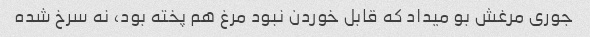
جوری مرغش بو میداد که قابل خوردن نبود مرغ هم پخته بود، نه سرخ شده